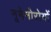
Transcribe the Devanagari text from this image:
नूमेनोरोयों